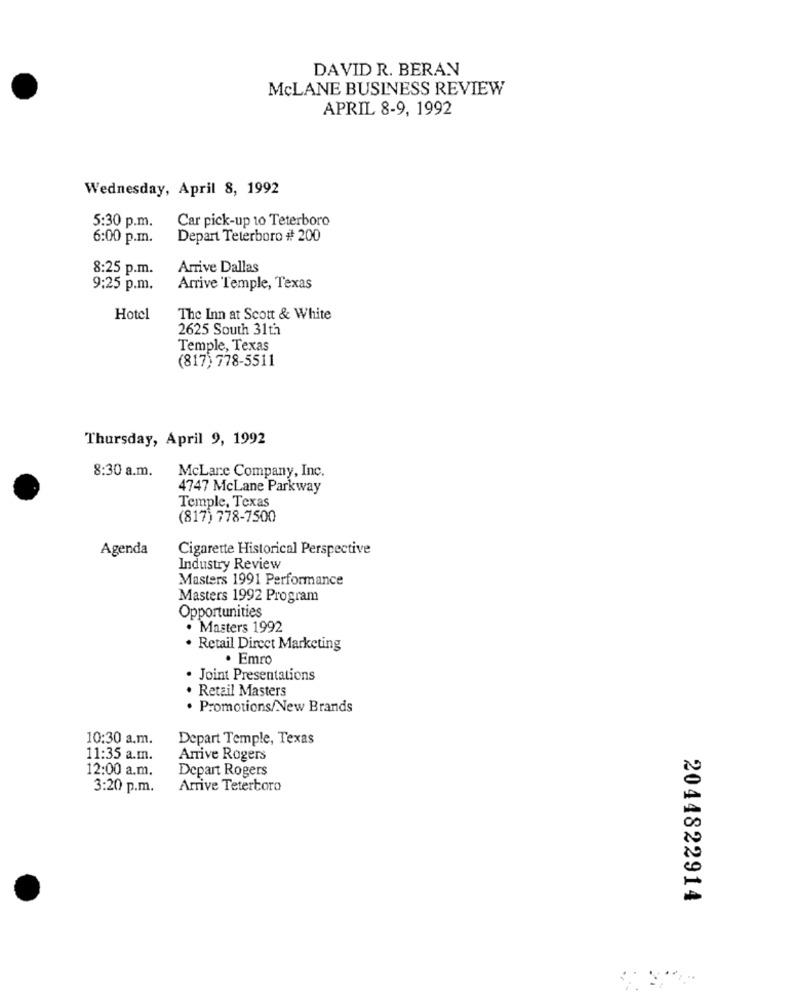
DAVID R. BERAN
McLANE BUSINESS REVIEW
APRIL 8-9, 1992
Wednesday, April 8, 1992
Car pick-up to Teterboro
5:30 p.m.
6:00 p.m.
Depart Teterboro # 200
8:25 p.m.
Arrive Dallas
9:25 p.m.
Arrive Temple, Texas
Hotel
The Inn at Scott & White
2625 South 31th
Temple, Texas
(817) 778-5511
Thursday, April 9, 1992
8:30 a.m.
McLare Company, Inc.
4747 McLane Parkway
Temple, Texas
(817) 778-7500
Agenda
Cigarette Historical Perspective
Industry Review
Masters 1991 Performance
Masters 1992 Program
Opportunities
· Masters 1992
Retail Direct Marketing
. Emro
· Joint Presentations
Retail Masters
. Promotions/New Brands
10:30 a.m.
Depart Temple, Texas
11:35 a.m.
Arrive Rogers
12:00 a.m.
Depart Rogers
3:20 p.m.
Arrive Teterboro
2044822914